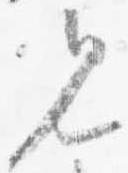
見